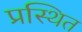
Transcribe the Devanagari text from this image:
प्रस्थित